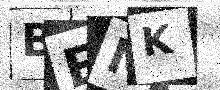
Text: BEMK